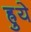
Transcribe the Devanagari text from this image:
ह्रुये